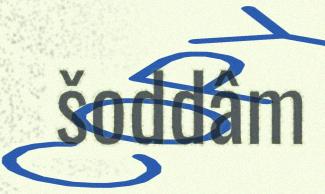
šoddâm